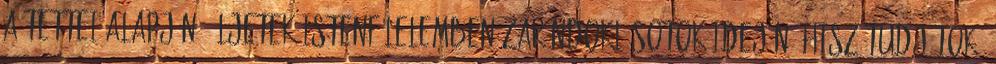
a tettei alapján, éljetek istenfélelemben zarándoklásotok idején. Hisz tudjátok,